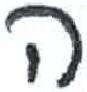
אות: ה